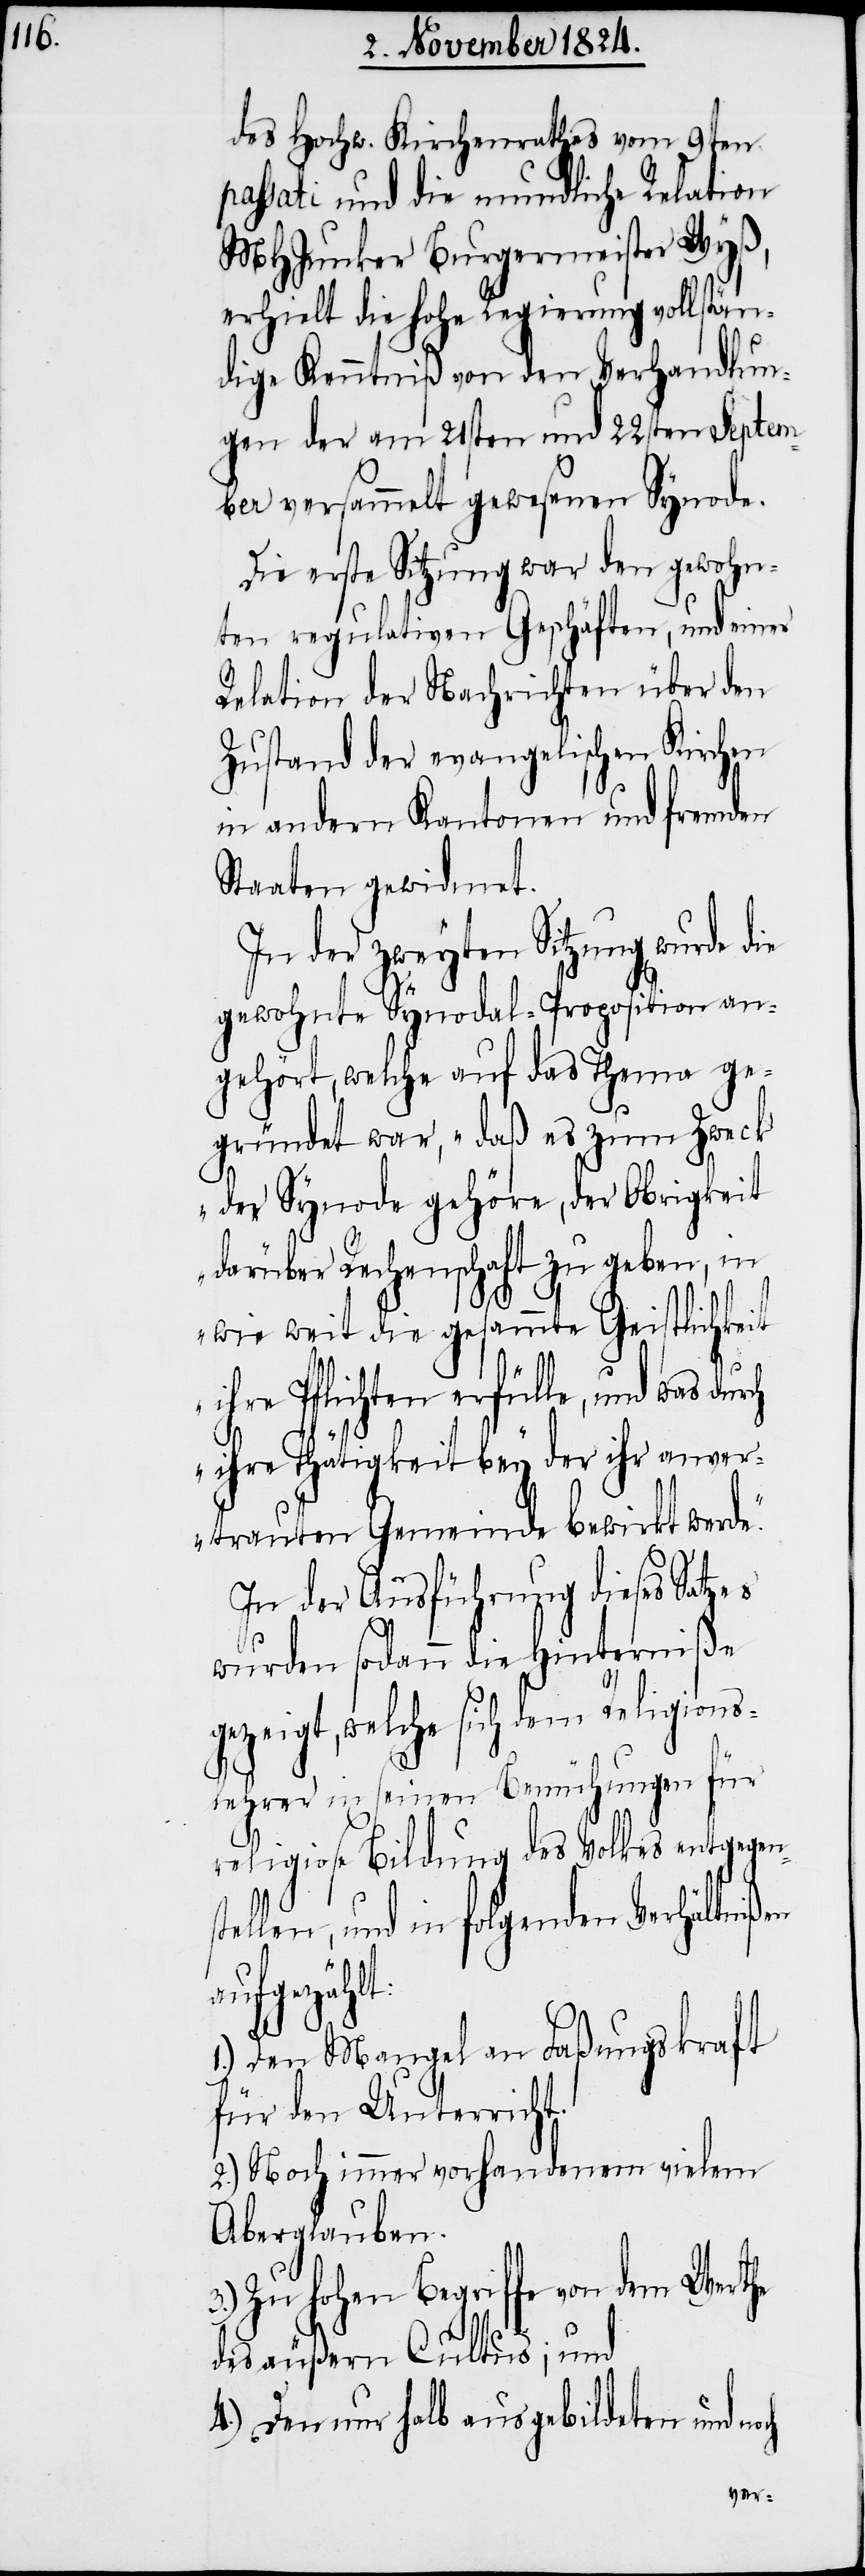
des Hochw. Kirchenrathes vom 9ten
passati und die mundliche Relation
MHJunker Burgermeister Wyß,
erhielt die hohe Regierung vollstän¬
dige Kenntniß von den Verhandlun¬
gen der am 21sten und 22sten Septem¬
ber versammelt gewesenen Synode.
Die erste Sitzung war den gewohn¬
ten regulativen Geschäften, und einer
Relation der Nachrichten über den
Zustand der evangelischen Kirchen
in andern Kantonen und fremden
Staaten gewidmet.
In der zweyten Sitzung wurde die
gewohnte Synodal-Proposition an¬
gehört, welche auf das Thema ge¬
gründet war, „daß es zum Zweck
der Synode gehöre, der Obrigkeit
darüber Rechenschaft zu geben, in
wie weit die gesammte Geistlichkeit
ihre Pflichten erfülle, und was durch
ihre Thätigkeit bey der ihr anver¬
trauten Gemeinde bewirkt werde.“
In der Ausführung dieses Satzes
wurden sodann die Hinterniße
gezeigt, welche sich dem Religions¬
lehrer in seinen Bemühungen für
religiose Bildung des Volkes entgegens¬
tellen, und in folgenden Verhältnißen
hlt:
1.) Den Mangel an Faßungskraft
für den Unterricht.
2.) Noch immer vorhandenem vielem
Aberglauben.
3.) Zu hohen Begriffe von dem Werthe
des äußern Cultus; und
4.) Den nur halb ausgebildeten und